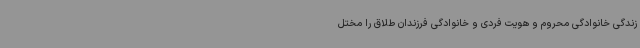
زندگی خانوادگی محروم و هویت فردی و خانوادگی فرزندان طلاق را مختل